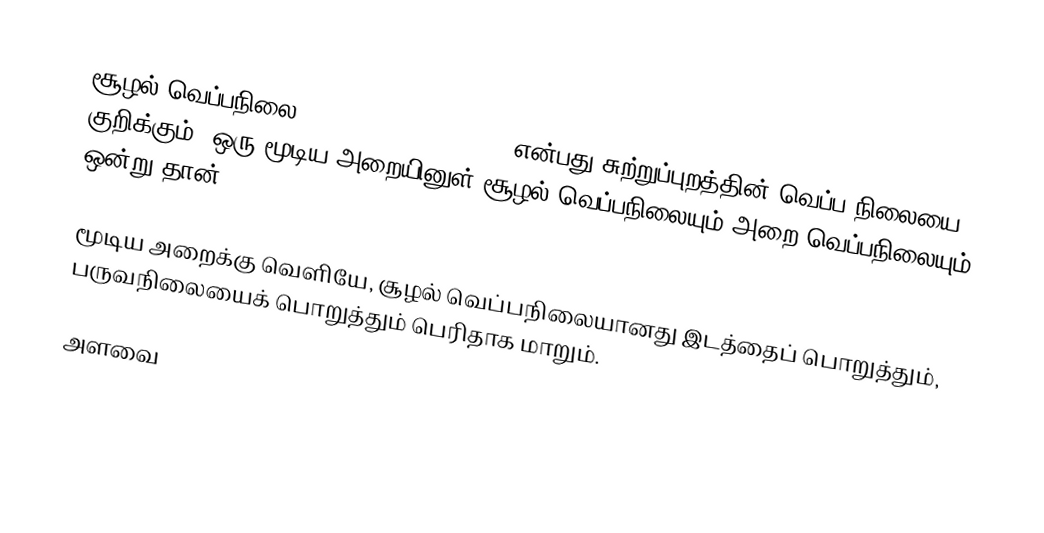
சூழல் வெப்பநிலை (Ambient Temperature) என்பது சுற்றுப்புறத்தின் வெப்ப நிலையை குறிக்கும். ஒரு மூடிய அறையினுள் சூழல் வெப்பநிலையும் அறை வெப்பநிலையும் ஒன்று தான்.

மூடிய அறைக்கு வெளியே, சூழல் வெப்பநிலையானது இடத்தைப் பொறுத்தும், பருவநிலையைக் பொறுத்தும் பெரிதாக மாறும்.

அளவை